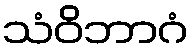
သံဝိဘာဂံ